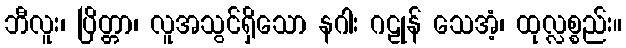
ဘီလူး၊ ပြိတ္တာ၊ လူအသွင်ရှိသော နဂါး ဂဠုန် သေအံ့၊ ထုလ္လစ္စည်း။